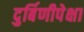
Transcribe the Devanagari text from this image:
दुर्बिणीपेक्षा